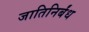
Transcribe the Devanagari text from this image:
जातिनिर्बंध